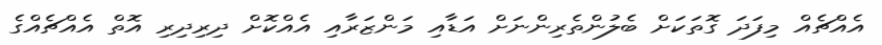
އެއްޗެއް މިފަދަ ގޮތަކަށް ބެލުންތެރިންނަށް އަޑާއި މަންޒަރާއި އެއްކޮށް ދިރިދިރި އޮތް އެއްޗެއްގެ